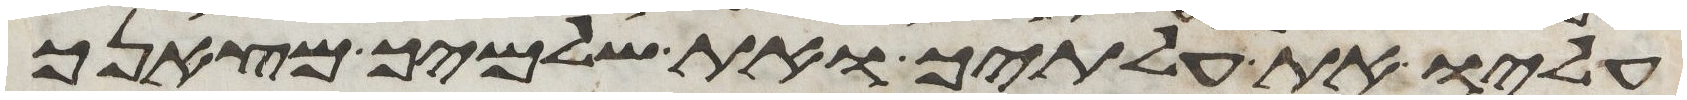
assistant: עליו את עלתיך ואת שלמיך מצאנך